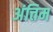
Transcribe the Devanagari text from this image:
अंत्तिम